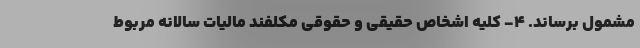
مشمول برساند. ۴- کلیه اشخاص حقیقی و حقوقی مکلفند مالیات سالانه مربوط